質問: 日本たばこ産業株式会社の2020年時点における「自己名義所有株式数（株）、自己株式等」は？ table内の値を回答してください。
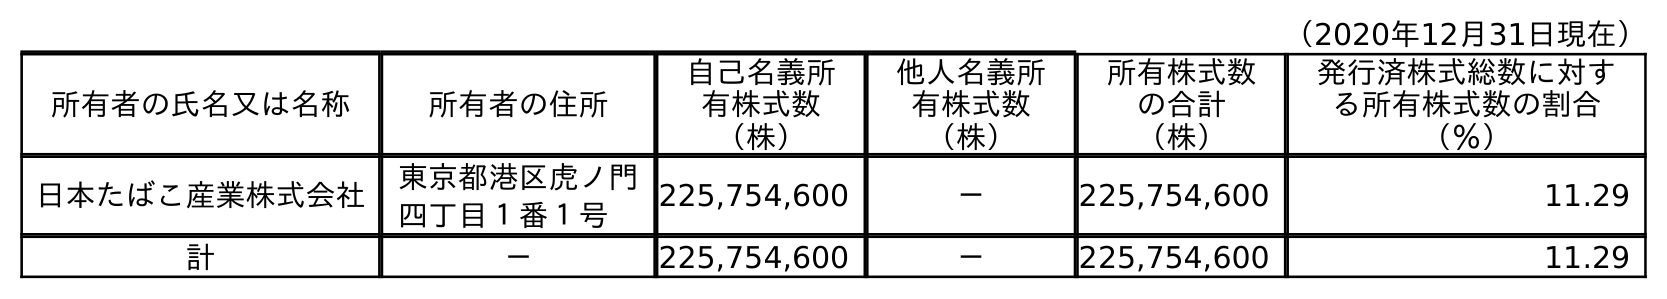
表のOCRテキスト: （2020年12月31日現在） 所有者の氏名又は名称 所有者の住所 自己名義所 有株式数 （株） 他人名義所 有株式数 （株） 所有株式数 の合計 （株） 発行済株式総数に対す る所有株式数の割合 （％） 日本たばこ産業株式会社 東京都港区虎ノ門 四丁目１番１号 225,754,600 － 225,754,600 11.29 計 － 225,754,600 － 225,754,600 11.29
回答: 225,754,600